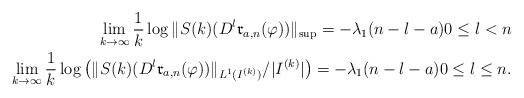
LaTeX: \begin{align*}\lim_{k\to\infty}\frac{1}{k}\log\|S(k)(D^l\mathfrak{r}_{a,n}(\varphi))\|_{\sup}=-\lambda_1(n-l-a)0\leq l<n\\\lim_{k\to\infty}\frac{1}{k}\log\big(\|S(k)(D^l\mathfrak{r}_{a,n}(\varphi))\|_{L^1(I^{(k)})}/|I^{(k)}|\big)=-\lambda_1(n-l-a)0\leq l\leq n.\end{align*}